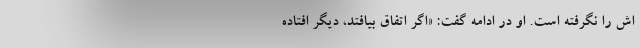
اش را نگرفته است. او در ادامه گفت: «اگر اتفاق بیافتد، دیگر افتاده